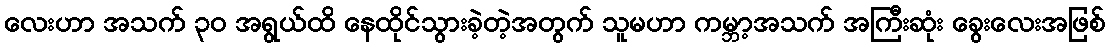
လေးဟာ အသက် ၃၀ အရွယ်ထိ နေထိုင်သွားခဲ့တဲ့အတွက် သူမဟာ ကမ္ဘာ့အသက် အကြီးဆုံး ခွေးလေးအဖြစ်